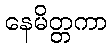
နေမိတ္တကာ